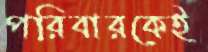
পরিবারকেই